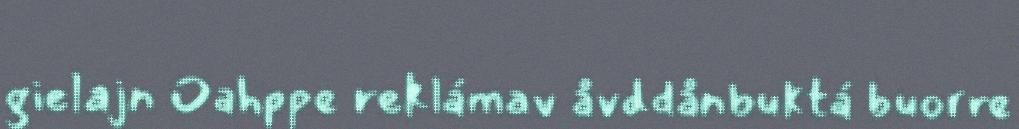
gielajn Oahppe reklámav åvddånbuktá buorre